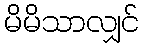
မိမိသာလျှင်